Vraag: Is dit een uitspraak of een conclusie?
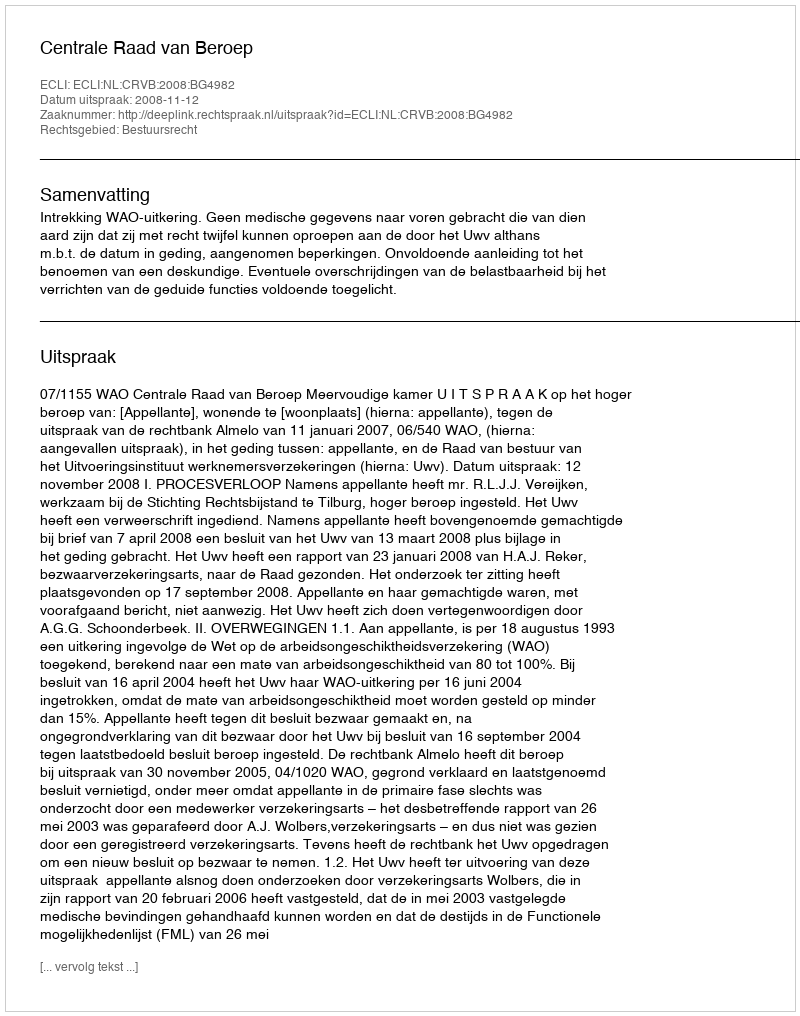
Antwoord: Uitspraak